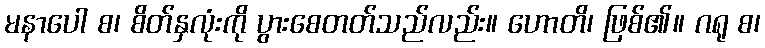
မနာပေါ စ၊ စိတ်နှလုံးကို ပွားစေတတ်သည်လည်း။ ဟောတိ၊ ဖြစ်၏။ ဂရု စ၊